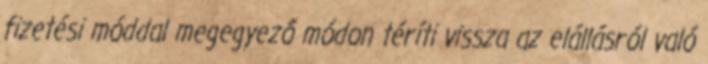
fizetési móddal megegyező módon téríti vissza az elállásról való